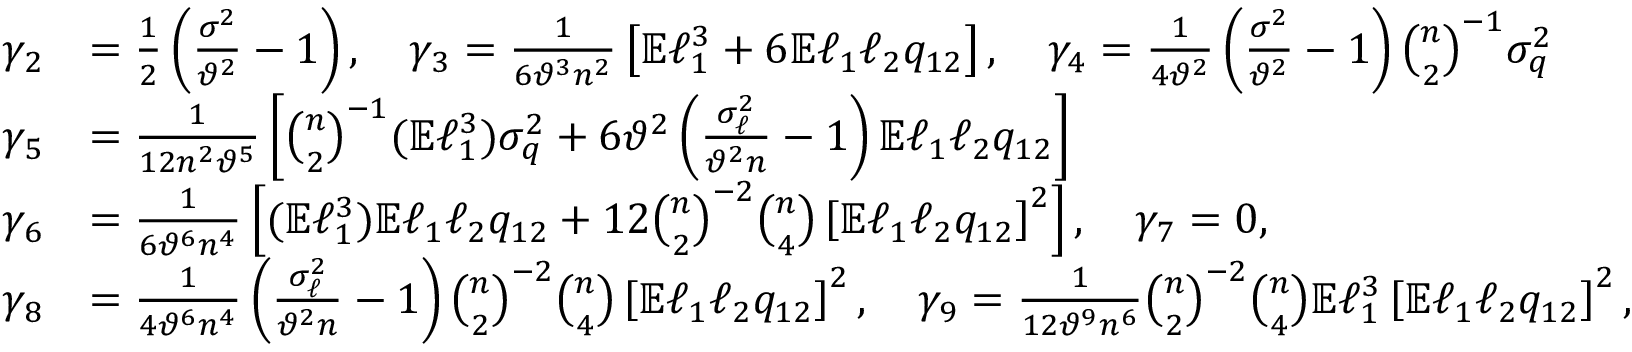
\begin{array} { r l } { \gamma _ { 2 } } & { = \frac { 1 } { 2 } \left( \frac { \sigma ^ { 2 } } { \vartheta ^ { 2 } } - 1 \right) , \quad \gamma _ { 3 } = \frac { 1 } { 6 \vartheta ^ { 3 } n ^ { 2 } } \left[ \mathbb { E } \ell _ { 1 } ^ { 3 } + 6 \mathbb { E } \ell _ { 1 } \ell _ { 2 } q _ { 1 2 } \right] , \quad \gamma _ { 4 } = \frac { 1 } { 4 \vartheta ^ { 2 } } \left( \frac { \sigma ^ { 2 } } { \vartheta ^ { 2 } } - 1 \right) \binom { n } { 2 } ^ { - 1 } \sigma _ { q } ^ { 2 } } \\ { \gamma _ { 5 } } & { = \frac { 1 } { 1 2 n ^ { 2 } \vartheta ^ { 5 } } \left[ \binom { n } { 2 } ^ { - 1 } ( \mathbb { E } \ell _ { 1 } ^ { 3 } ) \sigma _ { q } ^ { 2 } + 6 \vartheta ^ { 2 } \left( \frac { \sigma _ { \ell } ^ { 2 } } { \vartheta ^ { 2 } n } - 1 \right) \mathbb { E } \ell _ { 1 } \ell _ { 2 } q _ { 1 2 } \right] } \\ { \gamma _ { 6 } } & { = \frac { 1 } { 6 \vartheta ^ { 6 } n ^ { 4 } } \left[ ( \mathbb { E } \ell _ { 1 } ^ { 3 } ) \mathbb { E } \ell _ { 1 } \ell _ { 2 } q _ { 1 2 } + 1 2 \binom { n } { 2 } ^ { - 2 } \binom { n } { 4 } \left[ \mathbb { E } \ell _ { 1 } \ell _ { 2 } q _ { 1 2 } \right] ^ { 2 } \right] , \quad \gamma _ { 7 } = 0 , } \\ { \gamma _ { 8 } } & { = \frac { 1 } { 4 \vartheta ^ { 6 } n ^ { 4 } } \left( \frac { \sigma _ { \ell } ^ { 2 } } { \vartheta ^ { 2 } n } - 1 \right) \binom { n } { 2 } ^ { - 2 } \binom { n } { 4 } \left[ \mathbb { E } \ell _ { 1 } \ell _ { 2 } q _ { 1 2 } \right] ^ { 2 } , \quad \gamma _ { 9 } = \frac { 1 } { 1 2 \vartheta ^ { 9 } n ^ { 6 } } \binom { n } { 2 } ^ { - 2 } \binom { n } { 4 } \mathbb { E } \ell _ { 1 } ^ { 3 } \left[ \mathbb { E } \ell _ { 1 } \ell _ { 2 } q _ { 1 2 } \right] ^ { 2 } , } \end{array}